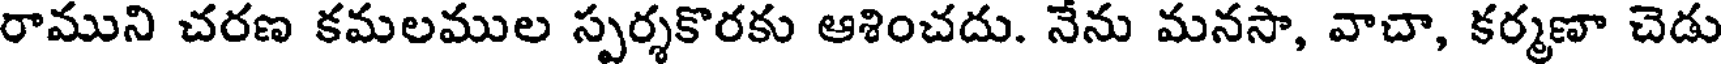
రాముని చరణ కమలముల స్పర్శకొరకు ఆశించదు. నేను మనసా, వాచా, కర్మణా చెడు